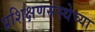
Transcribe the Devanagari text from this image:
प्रशिक्षणसंस्थेच्या